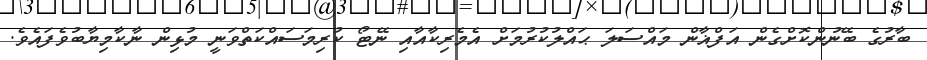
ބާރުގެ ބޭނުންކޮށްގެން އަފްޣާން މައްސަލަ ޙައްލުކުރުމަށް އެމެރިކާއާއި ނޭޓޯ ކުރިމަސައްކަތްވަނީ މުޅިން ނާކާމިޔާބުވެފައެވެ.